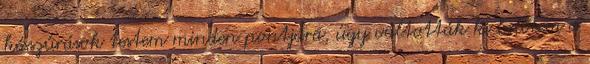
késszúrások testem minden pontjára, úgy váltották ki belőlem a